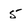
Character: 5